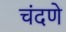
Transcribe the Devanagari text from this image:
चंदणे